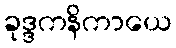
ခုဒ္ဒကနိကာယေ